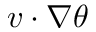
v \cdot \nabla \theta